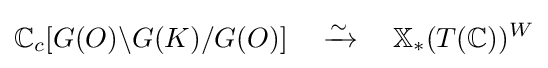
\mathbb {C} _{c}[G(O)\backslash G(K)/G(O)]\quad \xrightarrow {\sim } \quad \mathbb {X} _{*}(T(\mathbb {C} ))^{W}